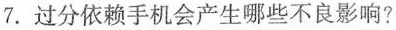
7.过分依赖手机会产生哪些不良影响?